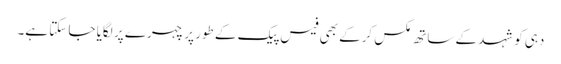
دہی کو شہد کے ساتھ مکس کرکے بھی فیس پیک کے طور پر چہرے پر لگایا جا سکتا ہے۔